Vaccination in Bombay 1889-1901 - 1889-1901
Year: 1889
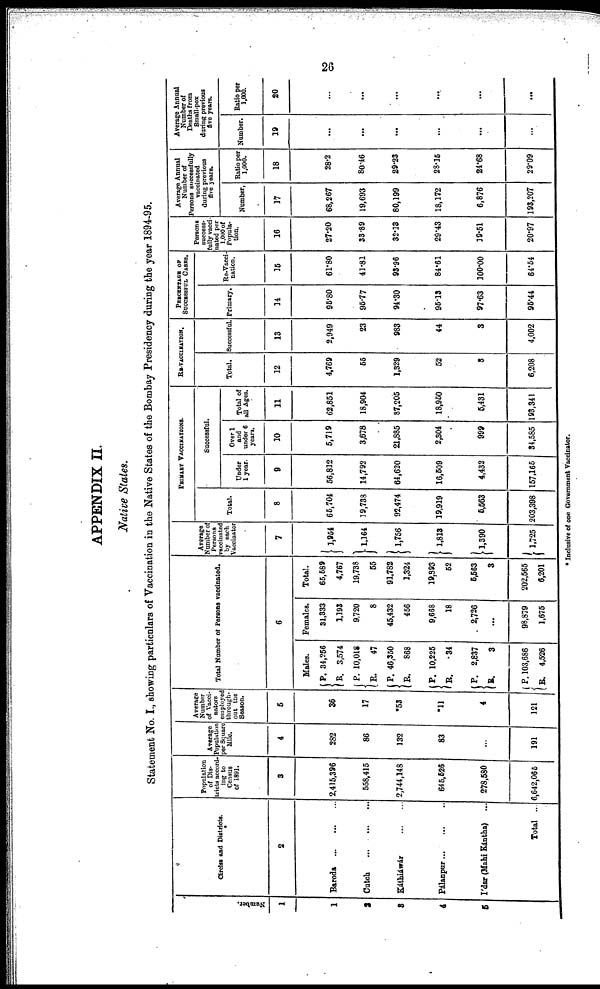
26
APPENDIX II.
Native States.
Statement No. I., showing particulars of Vaccination in the Native States of the Bombay Presidency during the year 1894-95.
Number.
1
1
2
3
4
6
Circles and Districts.
2
Baroda
...
...
...
Catch
...
...
...
Káthiáwár
...
...
Pálanpur...
...
...
Ídar (Mahi Kántha) ...
Total ...
Population
of Dis-
tricts accord¬
ing to
Census
of 1891.
3
2,415,396
558,415
2,744,148
645,526
278,580
6,642,065
Average
Population
per Square
Mile.
4
282
86
132
83
...
191
Average
Number
of Vacci¬
nators
employed
through-
out the
Season.
5
36
17
*53
*11
4
121
Total Number of Persons vaccinated.
6
Males.
P.
R.
P.
R.
P.
R.
P.
R.
P.
R.
P.
R.
34,256
3,574
10,018
47
46,350
868
10,225
.34
2,837
3
103,686
4,526
Females.
31,333
1,193
9,720
8
45,432
456
9,668
18
2,726
...
98,879
1,675
Total.
65,589
4,767
19,738
55
91,782
1,324
19,893
52
5,563
3
202,565
6,201
Average
Number of
Persons
vaccinated
by each
Vaccinator
7
1,954
1,164
1,756
1,813
1,390
1,725
PRIMARY VACCINATIONS.
Total.
8
65,704
19,738
92,474
19,919
5,563
203,398
Successful.
Under
1 year.
9
56,812
14,792
64,620
16,509
4,432
157,165
Over 1
and
under 6
years.
10
5,719
3,678
21,885
2,304
999
34,585
Total of
all Ages.
11
62,851
18,904
87,205
18,950
5,431
193,341
RE-VACCINATION.
Total.
12
4,769
55
1,329
52
3
6,208
Successful.
13
2,949
23
983
44
3
4,002
PERCENTAGE OF
SUCCESSFUL CASES.
Primary.
14
95.80
95.77
94.30
95.13
97.63
95.44
Re-Vacci¬
nation.
15
61.80
41.81
93.96
84.61
100.00
64.54
Persons
success-
fully vacci-
nated per
1,000 of
Popula-
tion.
16
27.20
33.89
32.13
29.43
19.51
20.97
Average Annual
Number of
Persons successfully
vaccinated
during previous
five years.
Number,
17
68,267
19,693
80,199
18,172
6,876
193,207
Ratio per
1,000.
18
28.2
80.46
29.23
28.15
24.68
29.09
Average Annual
Number of
Deaths from
Small-pox
during previous
five years.
Number.
19
...
...
...
...
...
...
Ratio per
1,000.
20
...
...
...
...
...
...
* Inclusive of one Government Vaccinator.